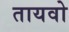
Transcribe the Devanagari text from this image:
तायवो